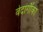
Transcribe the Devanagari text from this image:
वेदांगौंका